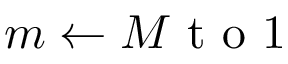
m \gets M \mathrm { ~ t ~ o ~ } 1